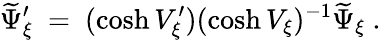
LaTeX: \widetilde\Psi_{\xi}^{\prime}\ =\ (\cosh V_{\xi}^{\prime})(\cosh V_{\xi})^{-1}\widetilde\Psi_{\xi}\ .